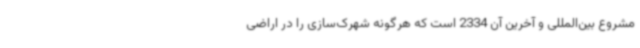
مشروع بین‌المللی و آخرین آن 2334 است که هرگونه شهرک‌سازی را در اراضی